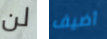
لن أضيف